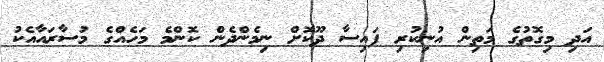
އަދި މިގޮތުގެ މަތިން އުނިކުރި ފައިސާ ދޫކޮށް ނިމެންދެން ކޮންމެ މަހެއްގެ މުސާރައާއެކު